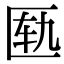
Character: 匦